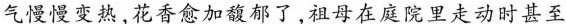
气慢慢变热，花香愈加馥郁了，祖母在庭院里走动时甚至